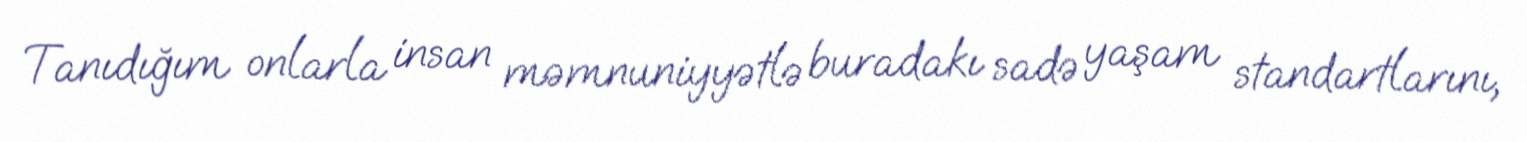
Tanıdığım onlarla insan məmnuniyyətlə buradakı sadə yaşam standartlarını,